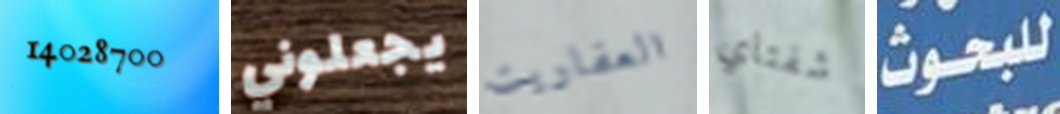
14028700 يجعلوني العفاريت شفتاي للبحوث